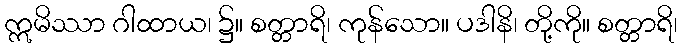
ဣမိဿာ ဂါထာယ၊ ၌။ စတ္တာရိ၊ ကုန်သော။ ပဒါနိ၊ တို့ကို။ စတ္တာရိ၊